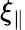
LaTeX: \xi_{\| }